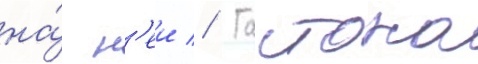
на́ н'еи // Гастона